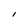
Character: I